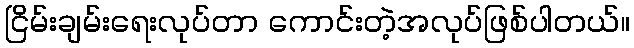
ငြိမ်းချမ်းရေးလုပ်တာ ကောင်းတဲ့အလုပ်ဖြစ်ပါတယ်။